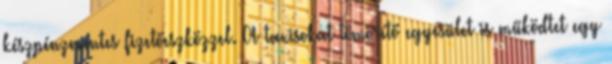
készpénzmentes fizetőeszközzel. A taxisokat tömörítő egyesület is működtet egy